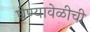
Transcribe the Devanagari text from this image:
घेण्यावेळीची